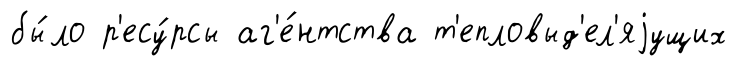
бы́ло р'есу́рсы аг'е́нтства т'епловыд'ел'яjущих